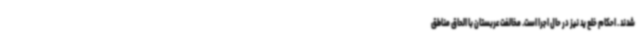
شدند . احکام خلع ید نیز در حال اجرا است. مخالفت عربستان با الحاق مناطق